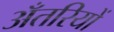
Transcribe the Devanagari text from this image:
अँतरियों